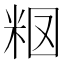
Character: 𥹉